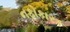
નફોકારક